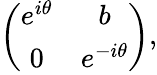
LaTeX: \left(\begin{array}{cc}{{e^{i\theta}}}&{{b}}\\ {{0}}&{{e^{-i\theta}}}\end{array}\right),